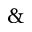
\&